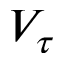
V _ { \tau }